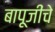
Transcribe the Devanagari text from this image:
बापूजींचे